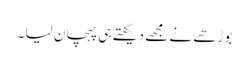
بوڑھے نے مجھے دیکھتے ہی پہچان لیا ۔